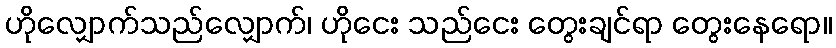
ဟိုလျှောက်သည်လျှောက်၊ ဟိုငေး သည်ငေး တွေးချင်ရာ တွေးနေရော။